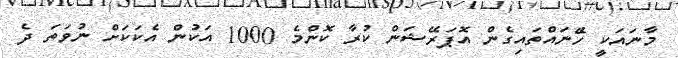
މާނައަކީ ހޭެނައްތައިގެން އޮޕަރޭޝަން ކުރާ ކޮންމެ 1000 އަކުން އެކަކަށް ނުވަތަ ދެ